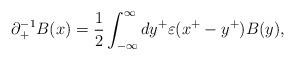
LaTeX: \begin{align*}{\partial}_+^{-1}B(x)=\frac{1}{2}\int_{-{\infty}}^{\infty}dy^+{\varepsilon}(x^+-y^+)B(y), \end{align*}